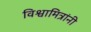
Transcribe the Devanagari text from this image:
विश्वामित्रांनी